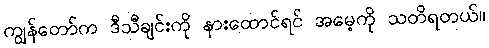
ကျွန်တော်က ဒီသီချင်းကို နားထောင်ရင် အမေ့ကို သတိရတယ်။